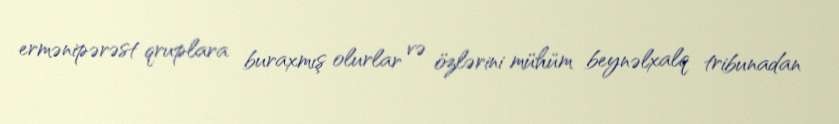
ermənipərəst qruplara buraxmış olurlar və özlərini mühüm beynəlxalq tribunadan